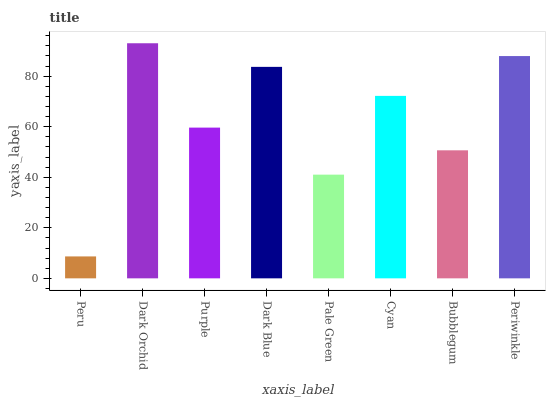
| xaxis_label | bars |
 | --- | --- |
 | Peru | 8.68 |
 | Dark Orchid | 93 |
 | Purple | 59.7 |
 | Dark Blue | 83.7 |
 | Pale Green | 41 |
 | Cyan | 72.2 |
 | Bubblegum | 50.7 |
 | Periwinkle | 88 |